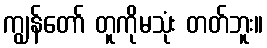
ကျွန်တော် တူကိုမသုံး တတ်ဘူး။